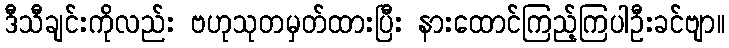
ဒီသီချင်းကိုလည်း ဗဟုသုတမှတ်ထားပြီး နားထောင်ကြည့်ကြပါဦးခင်ဗျာ။